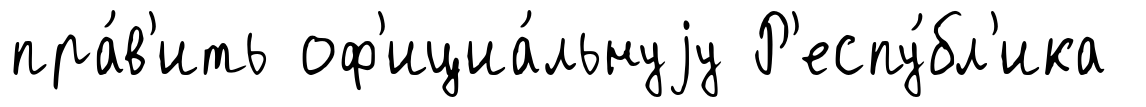
пра́в'ить оф'ициа́льнуjу Р'еспу́бл'ика